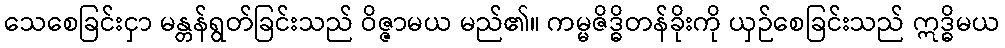
သေစေခြင်းငှာ မန္တန်ရွတ်ခြင်းသည် ဝိဇ္ဇာမယ မည်၏။ ကမ္မဇိဒ္ဓိတန်ခိုးကို ယှဉ်စေခြင်းသည် ဣဒ္ဓိမယ